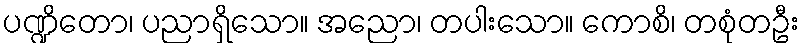
ပဏ္ဍိတော၊ ပညာရှိသော။ အညော၊ တပါးသော။ ကောစိ၊ တစုံတဦး